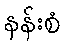
နန်းစံ